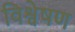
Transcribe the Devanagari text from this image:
विश्वेषण